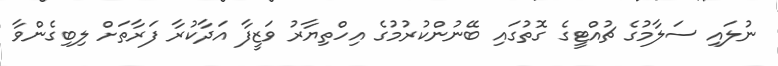
ނުލައި ސަލާމުގެ ޗުއްޓީގެ ގޮތުގައި ބޭނުންކުރުމުގެ އިހްތިޔާރު ވަޒީފާ އަދާކުރާ ފަރާތަށް ލިބިގެންވާ